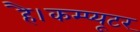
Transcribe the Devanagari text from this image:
है।कम्प्यूटर